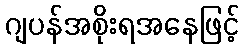
ဂျပန်အစိုးရအနေဖြင့်